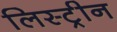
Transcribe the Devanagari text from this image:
लिस्ट्रीन